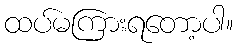
ထပ်မကြားရတော့ပါ။